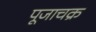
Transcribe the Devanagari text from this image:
पूजाचक्र